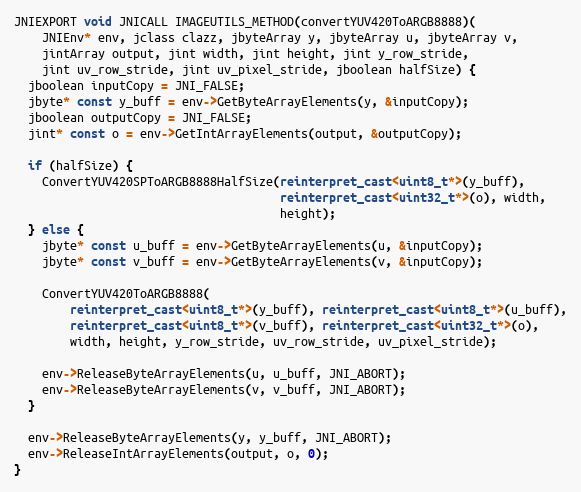
Language: C++
JNIEXPORT void JNICALL IMAGEUTILS_METHOD(convertYUV420ToARGB8888)(
    JNIEnv* env, jclass clazz, jbyteArray y, jbyteArray u, jbyteArray v,
    jintArray output, jint width, jint height, jint y_row_stride,
    jint uv_row_stride, jint uv_pixel_stride, jboolean halfSize) {
  jboolean inputCopy = JNI_FALSE;
  jbyte* const y_buff = env->GetByteArrayElements(y, &inputCopy);
  jboolean outputCopy = JNI_FALSE;
  jint* const o = env->GetIntArrayElements(output, &outputCopy);

  if (halfSize) {
    ConvertYUV420SPToARGB8888HalfSize(reinterpret_cast<uint8_t*>(y_buff),
                                      reinterpret_cast<uint32_t*>(o), width,
                                      height);
  } else {
    jbyte* const u_buff = env->GetByteArrayElements(u, &inputCopy);
    jbyte* const v_buff = env->GetByteArrayElements(v, &inputCopy);

    ConvertYUV420ToARGB8888(
        reinterpret_cast<uint8_t*>(y_buff), reinterpret_cast<uint8_t*>(u_buff),
        reinterpret_cast<uint8_t*>(v_buff), reinterpret_cast<uint32_t*>(o),
        width, height, y_row_stride, uv_row_stride, uv_pixel_stride);

    env->ReleaseByteArrayElements(u, u_buff, JNI_ABORT);
    env->ReleaseByteArrayElements(v, v_buff, JNI_ABORT);
  }

  env->ReleaseByteArrayElements(y, y_buff, JNI_ABORT);
  env->ReleaseIntArrayElements(output, o, 0);
}